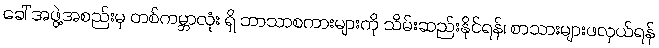
ခေါ် အဖွဲ့အစည်းမှ တစ်ကမ္ဘာလုံး ရှိ ဘာသာစကားများကို သိမ်းဆည်းနိုင်ရန်၊ စာသားများဖလှယ်ရန်